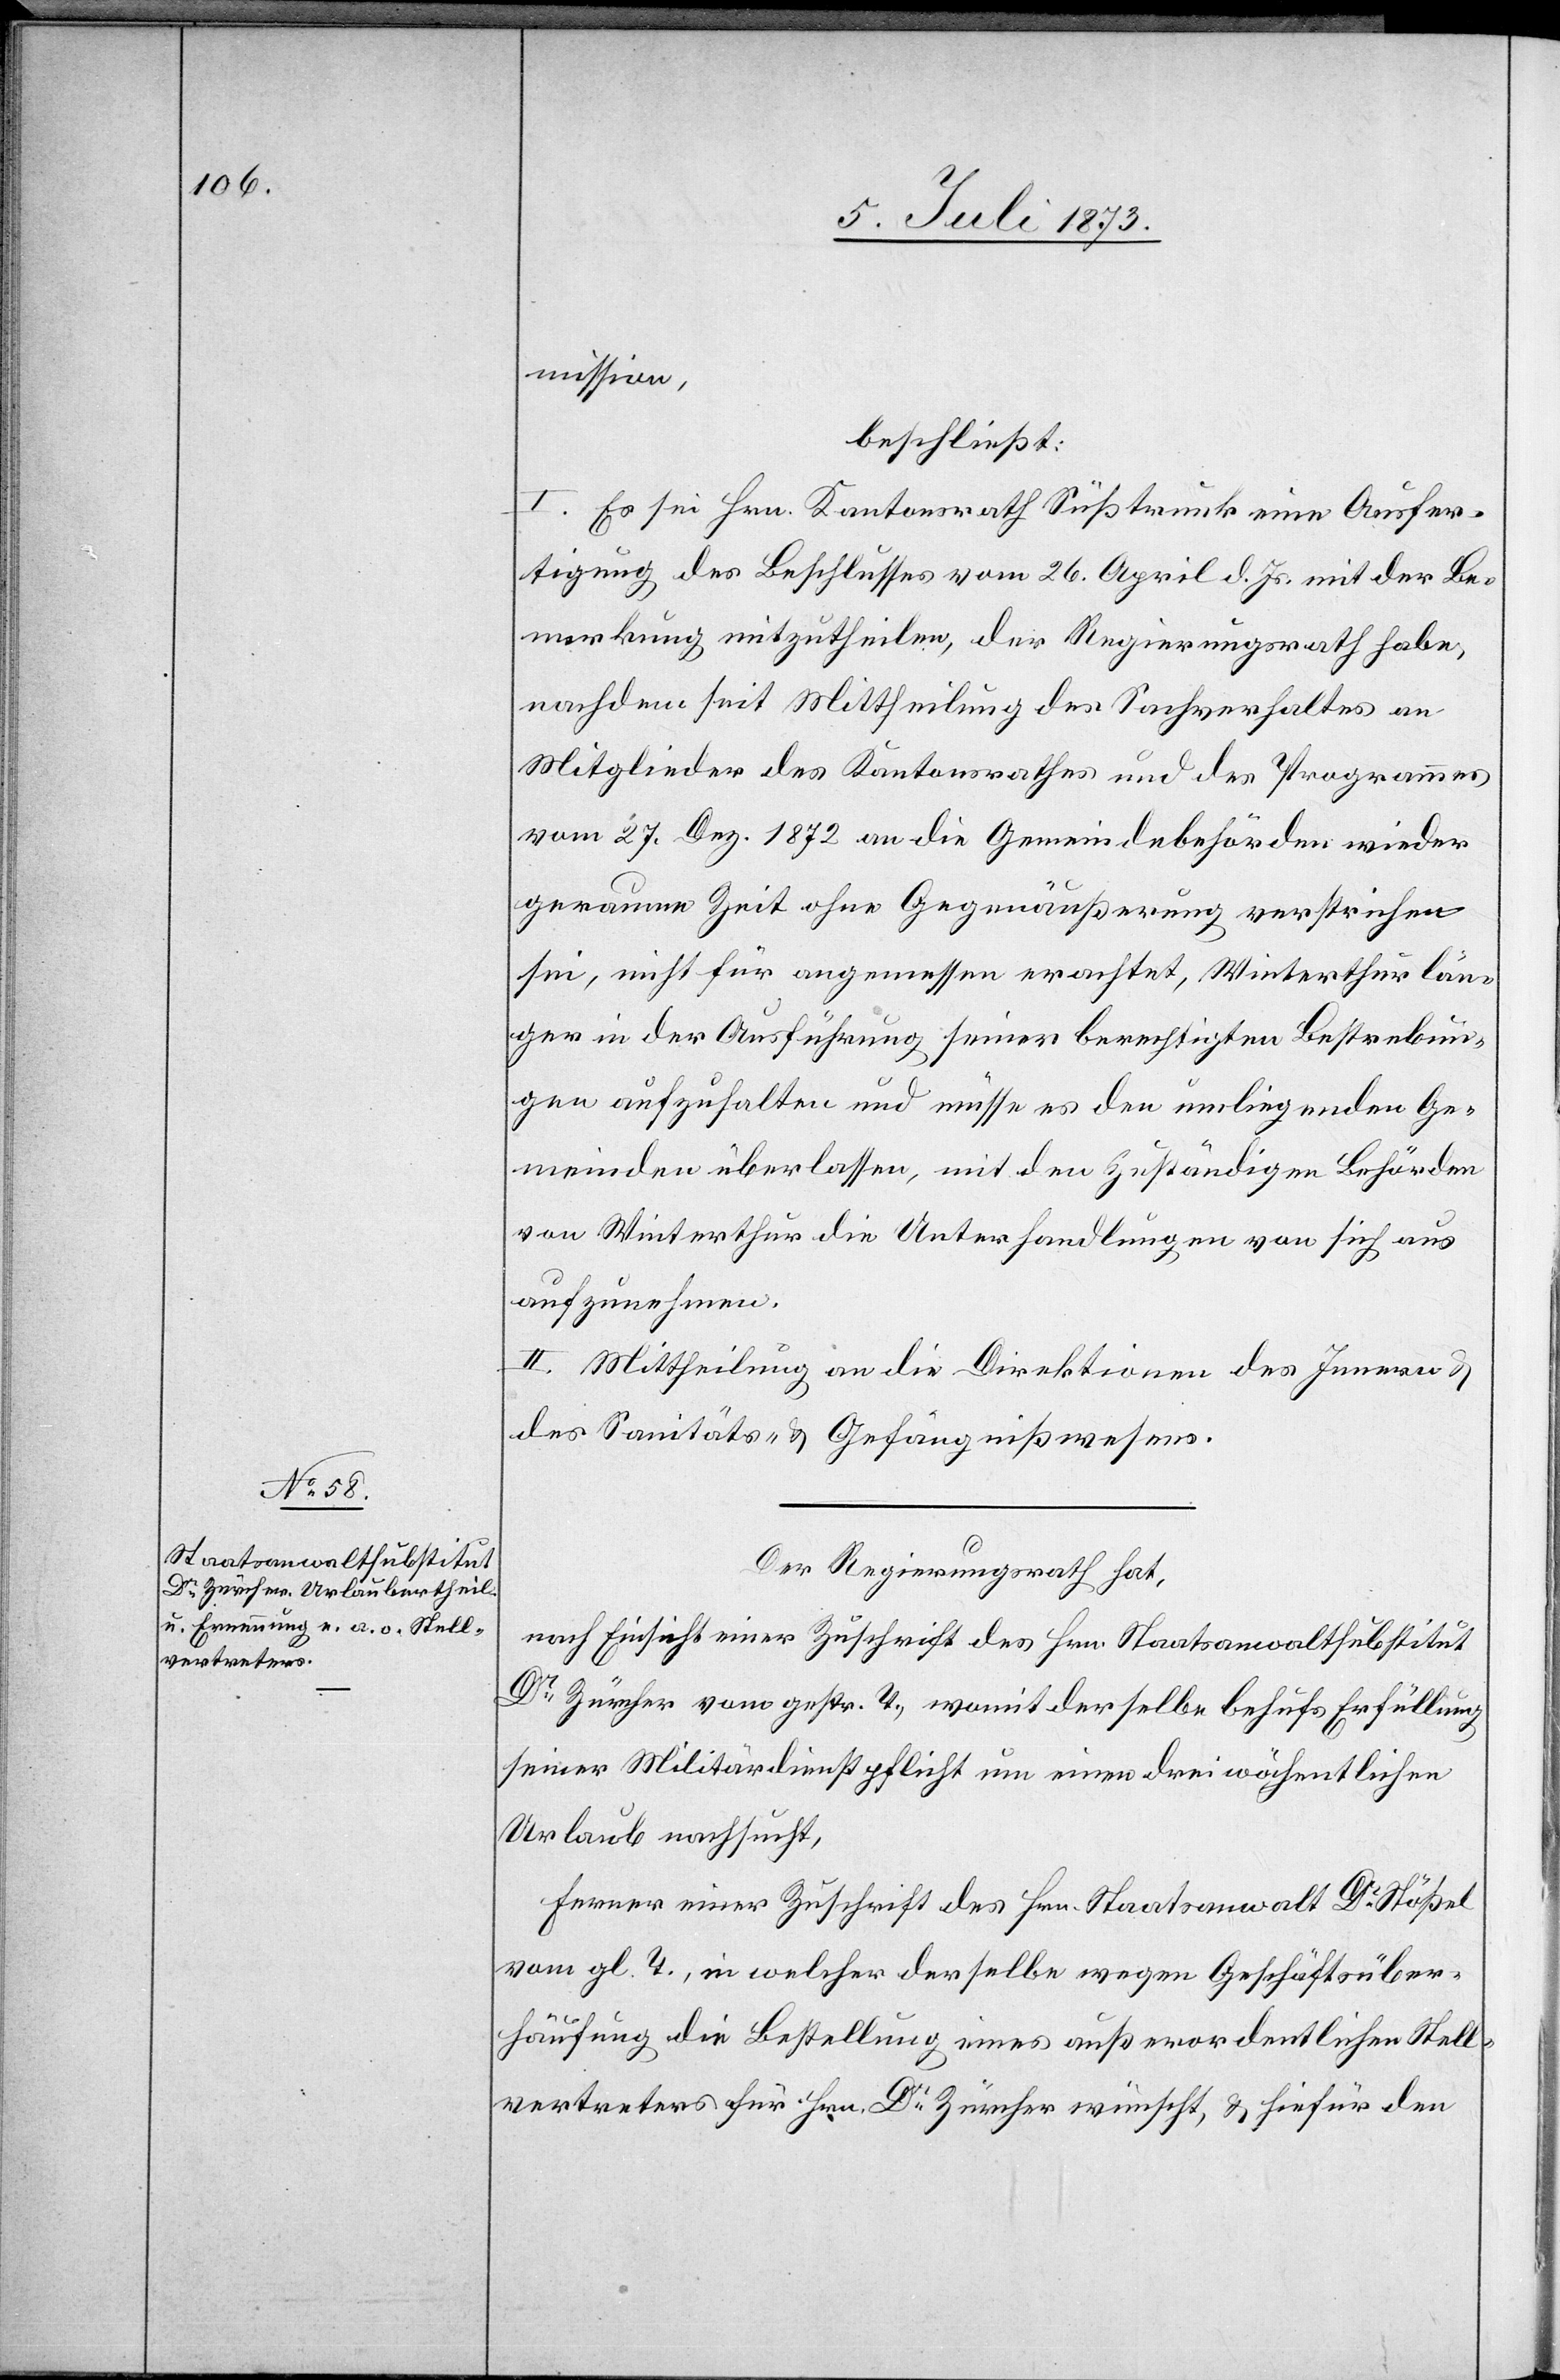
mission,
beschließt:
I. Es sei Hrn. Kantonsrath Süßtrunk eine Ausfer¬
tigung des Beschlusses vom 26. April d. Js. mit der Be¬
merkung mitzutheilen, der Regierungsrath habe,
nachdem seit Mittheilung des Sachverhaltes an
Mitglieder des Gemeindrathes und des Programmes
vom 27. Dez. 1872 an die Gemeindebehörden wieder
geraume Zeit ohne Gegenäußerung verstrichen
sei, nicht für angemessen erachtet, Winterthur län¬
ger in der Ausführung seiner berechtigten Bestrebun¬
gen aufzuhalten und müsse es den umliegenden Ge¬
meinden überlassen, mit den zuständigen Behörden
von Winterthur die Unterhandlungen von sich aus
aufzunehmen.
II. Mittheilung an die Direktion des Innern &
des Sanitäts- & Gefängnißwesens.
Der Regierungsrath hat,
nach Einsicht einer Zuschrift des Hrn. Staatsanwaltsubstitut
Dr Zürcher vom gestr. T., womit derselbe behufs Erfüllung
seiner Militärdienstpflicht um einen drei wöchentlichen
Urlaub nachsucht,
Ferner einer Zuschrift des Hrn. Staatsanwalt Dr Stößel
vom gl. T., in welcher derselbe wegen Geschäftsüber¬
häufung die Bestellung eines außerordentlichen Stell¬
vertreters für Hrn. Dr Zürcher wünscht, & hiefür den